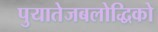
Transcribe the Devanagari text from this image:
पुयातेजबलोद्धिको